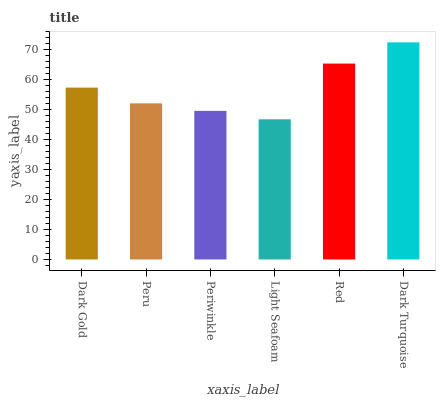
| xaxis_label | bars |
 | --- | --- |
 | Dark Gold | 57.3 |
 | Peru | 52.1 |
 | Periwinkle | 49.6 |
 | Light Seafoam | 46.8 |
 | Red | 65.4 |
 | Dark Turquoise | 72.4 |